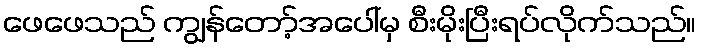
ဖေဖေသည် ကျွန်တော့်အပေါ်မှ စီးမိုးပြီးရပ်လိုက်သည်။